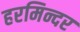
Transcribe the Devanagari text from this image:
हरमिन्दर